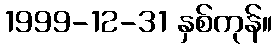
1999-12-31 နှစ်ကုန်။